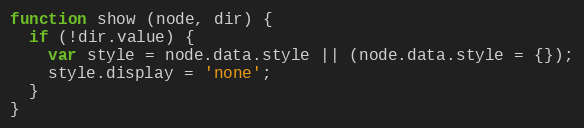
Language: JavaScript
function show (node, dir) {
  if (!dir.value) {
    var style = node.data.style || (node.data.style = {});
    style.display = 'none';
  }
}